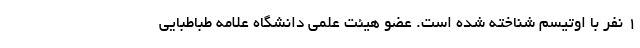
۱ نفر با اوتیسم شناخته شده است. عضو هیئت علمی دانشگاه علامه طباطبایی